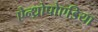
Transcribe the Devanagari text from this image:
ऐन्थ्रोपोएडिया